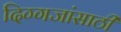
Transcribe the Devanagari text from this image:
दिग्गजांसाठी